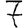
Digit: 7